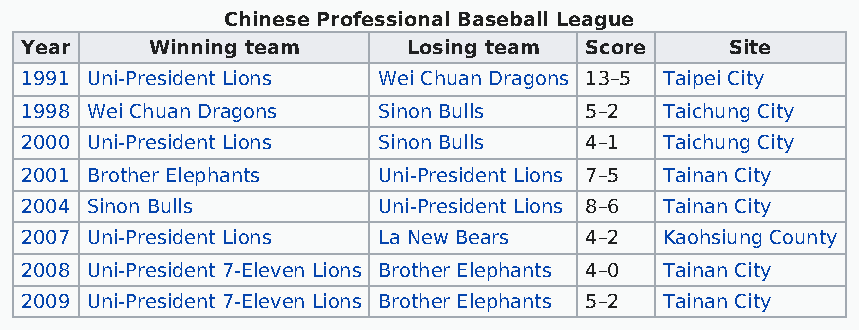
Chinese Professional Baseball League
 Year     Winning team     Losing team Score    Site
 1991 Uni-President Lions Wei Chuan Dragons 13–5 Taipei City
 1998 Wei Chuan Dragons  Sinon Bulls   5–2  Taichung City
 2000 Uni-President Lions Sinon Bulls  4–1  Taichung City
 2001 Brother Elephants  Uni-President Lions 7–5 Tainan City
 2004 Sinon Bulls        Uni-President Lions 8–6 Tainan City
 2007 Uni-President Lions La New Bears 4–2  Kaohsiung County
 2008 Uni-President 7-Eleven Lions Brother Elephants 4–0 Tainan City
 2009 Uni-President 7-Eleven Lions Brother Elephants 5–2 Tainan City